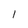
Character: 1